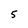
Character: 5